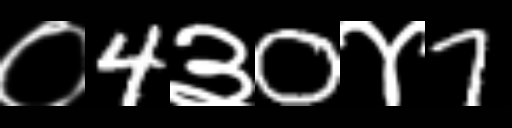
Text: ०4३0४7